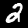
Label: 2